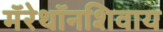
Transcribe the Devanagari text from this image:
मॅरेथॉनशिवाय